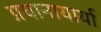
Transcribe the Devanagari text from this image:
प्रधानायार्या